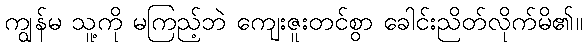
ကျွန်မ သူ့ကို မကြည့်ဘဲ ကျေးဇူးတင်စွာ ခေါင်းညိတ်လိုက်မိ၏။